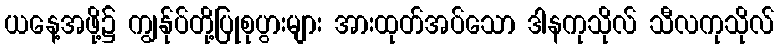
ယနေ့အဖို့၌ ကျွန်ုပ်တို့ပြုစုပွားများ အားထုတ်အပ်သော ဒါနကုသိုလ် သီလကုသိုလ်